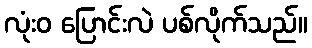
လုံးဝ ပြောင်းလဲ ပစ်လိုက်သည်။